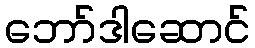
ဘော်ဒါဆောင်